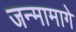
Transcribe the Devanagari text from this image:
जन्मामागे